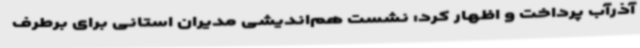
آذرآب پرداخت و اظهار کرد: نشست هم‌اندیشی مدیران استانی برای برطرف